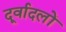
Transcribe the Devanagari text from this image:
दूर्वादलों